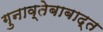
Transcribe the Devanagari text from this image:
गुनाव्तेबाबाद्त